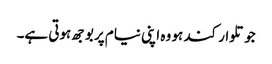
جو تلوار کند ہو وہ اپنی نیام پر بوجھ ہوتی ہے۔